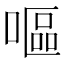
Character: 嘔